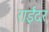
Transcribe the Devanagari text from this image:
राईंदर